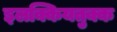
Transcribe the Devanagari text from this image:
इलक्कियतुक्क